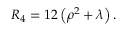
R _ { 4 } = 1 2 \left( \rho ^ { 2 } + \lambda \right) .